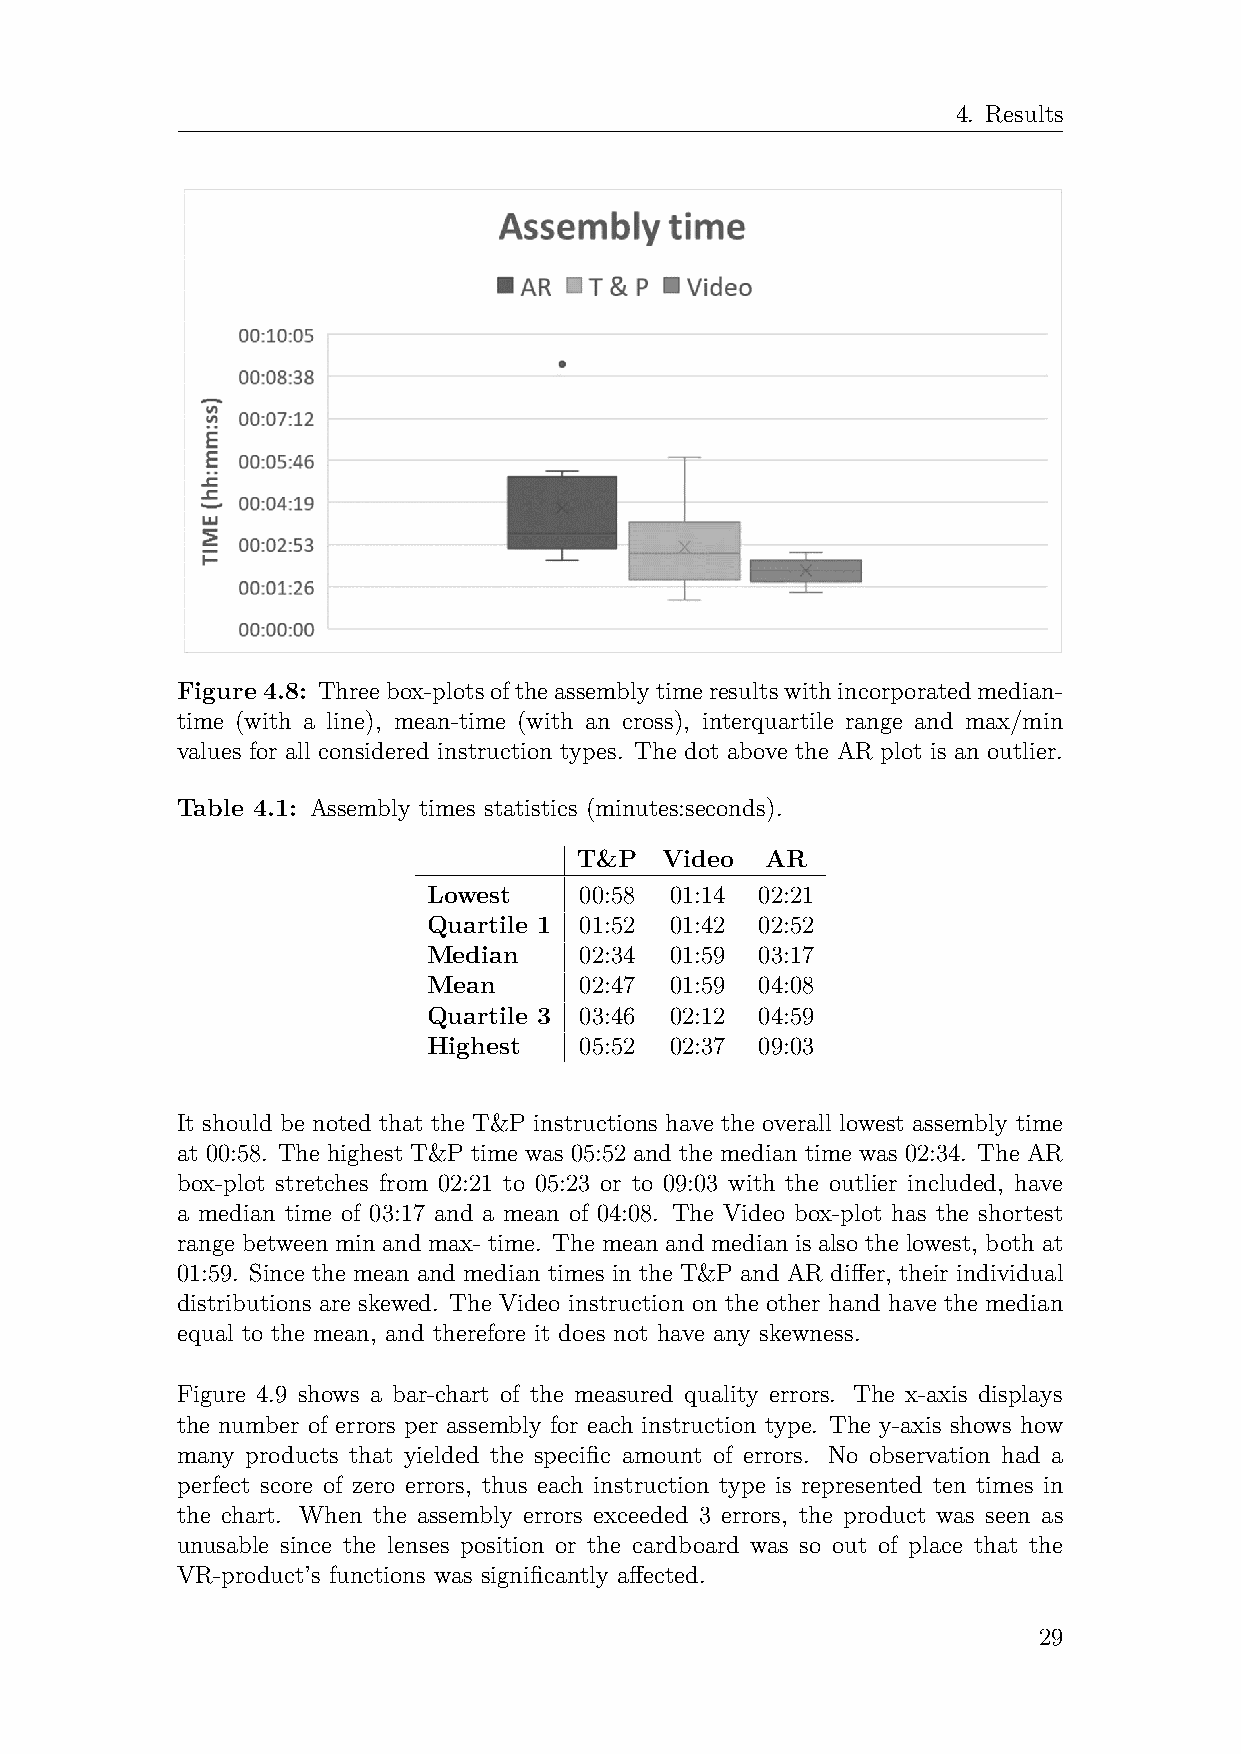
4. Results
 Figure 4.8: Threebox-plotsoftheassemblytimeresultswithincorporatedmedian-
 time (with a line), mean-time (with an cross), interquartile range and max/min
 values for all considered instruction types. The dot above the AR plot is an outlier.
 Table 4.1: Assembly times statistics (minutes:seconds).
 T&P   Video  AR
 Lowest    00:58 01:14 02:21
 Quartile 1 01:52 01:42 02:52
 Median    02:34 01:59 03:17
 Mean      02:47 01:59 04:08
 Quartile 3 03:46 02:12 04:59
 Highest   05:52 02:37 09:03
 It should be noted that the T&P instructions have the overall lowest assembly time
 at 00:58. The highest T&P time was 05:52 and the median time was 02:34. The AR
 box-plot stretches from 02:21 to 05:23 or to 09:03 with the outlier included, have
 a median time of 03:17 and a mean of 04:08. The Video box-plot has the shortest
 range between min and max- time. The mean and median is also the lowest, both at
 01:59. Since the mean and median times in the T&P and AR differ, their individual
 distributions are skewed. The Video instruction on the other hand have the median
 equal to the mean, and therefore it does not have any skewness.
 Figure 4.9 shows a bar-chart of the measured quality errors. The x-axis displays
 the number of errors per assembly for each instruction type. The y-axis shows how
 many products that yielded the specific amount of errors. No observation had a
 perfect score of zero errors, thus each instruction type is represented ten times in
 the chart. When the assembly errors exceeded 3 errors, the product was seen as
 unusable since the lenses position or the cardboard was so out of place that the
 VR-product’s functions was significantly affected.
 29